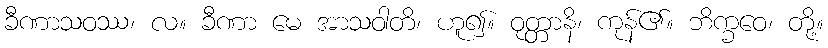
ခီဏာသဝဿ၊ လ။ ခီဏာ မေ အာသဝါတိ၊ ဟူ၍။ ဝုတ္တာနိ၊ ကုန်၏။ ဘိက္ခဝေ၊ တို့။